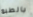
بالطبع